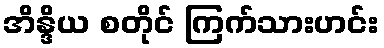
အိန္ဒိယ စတိုင် ကြက်သားဟင်း